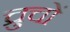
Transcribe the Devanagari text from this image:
च्रुचों